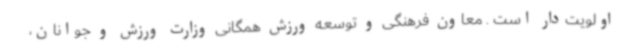
اولویت‌دار است . معاون فرهنگی و توسعه ورزش همگانی وزارت ورزش و جوانان،